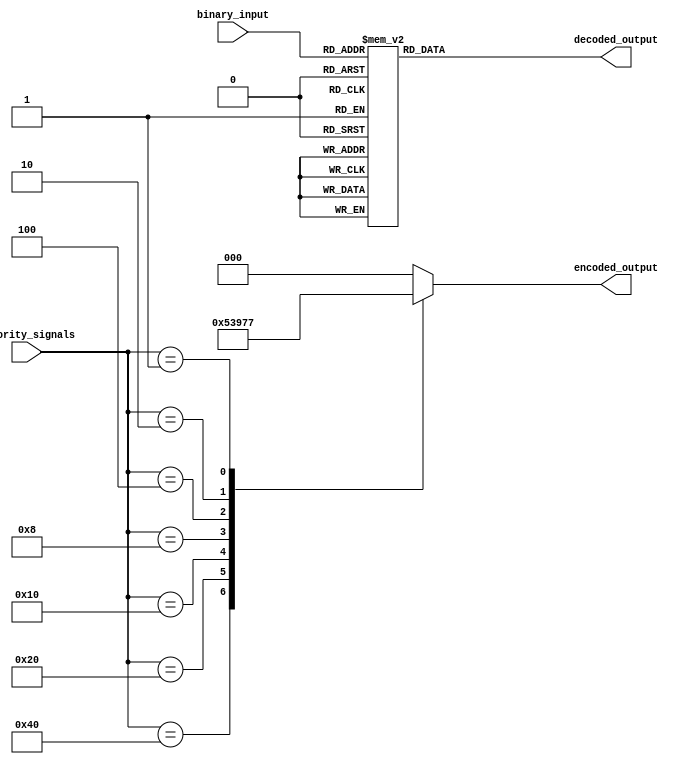
module PriorityEncoderDecoder (
    input [7:0] priority_signals,
    output reg [2:0] encoded_output,
    input [2:0] binary_input,
    output reg [7:0] decoded_output
);

always @(*) begin
    case(priority_signals)
        8'b10000000: encoded_output = 3'b000;
        8'b01000000: encoded_output = 3'b001;
        8'b00100000: encoded_output = 3'b010;
        8'b00010000: encoded_output = 3'b011;
        8'b00001000: encoded_output = 3'b100;
        8'b00000100: encoded_output = 3'b101;
        8'b00000010: encoded_output = 3'b110;
        8'b00000001: encoded_output = 3'b111;
        default: encoded_output = 3'b000;
    endcase
end

always @(*) begin
    case(binary_input)
        3'b000: decoded_output = 8'b10000000;
        3'b001: decoded_output = 8'b01000000;
        3'b010: decoded_output = 8'b00100000;
        3'b011: decoded_output = 8'b00010000;
        3'b100: decoded_output = 8'b00001000;
        3'b101: decoded_output = 8'b00000100;
        3'b110: decoded_output = 8'b00000010;
        3'b111: decoded_output = 8'b00000001;
        default: decoded_output = 8'b00000000;
    endcase
end

endmodule